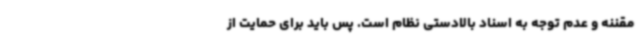
مقننه و عدم توجه به اسناد بالادستی نظام است. پس باید برای حمایت از